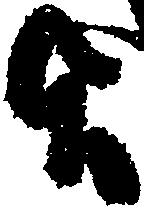
旨